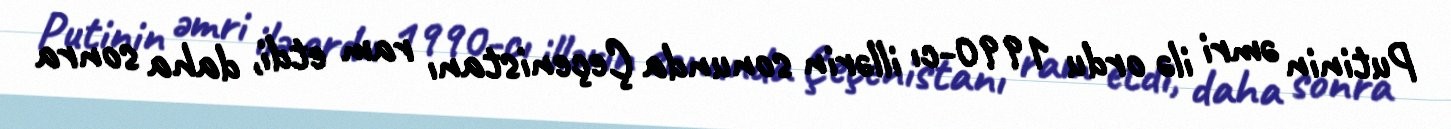
Putinin əmri ilə ordu 1990-cı illərin sonunda Çeçenistanı ram etdi, daha sonra